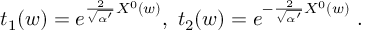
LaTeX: t _ { 1 } ( w ) = e ^ { \frac { 2 } { \sqrt { \alpha ^ { \prime } } } X ^ { 0 } ( w ) } , \ t _ { 2 } ( w ) = e ^ { - \frac { 2 } { \sqrt { \alpha ^ { \prime } } } X ^ { 0 } ( w ) } \ .